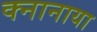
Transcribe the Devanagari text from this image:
क्नानाया